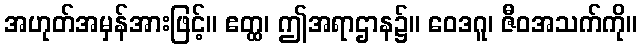
အဟုတ်အမှန်အားဖြင့်။ ဧတ္ထ၊ ဤအရာဌာန၌။ ဝေဒဂူ၊ ဇီဝအသက်ကို။